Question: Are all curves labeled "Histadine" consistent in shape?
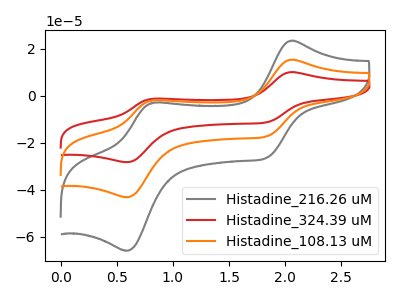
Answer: <think>The gray curve "Histadine_216.26 uM" has anodic peaks at (2.05V, 23.45uA) (0.85V, -2.95uA) and cathodic peaks at (1.85V, -26.50uA) (0.60V, -66.00uA). The red curve "Histadine_324.39 uM" has anodic peaks at (2.05V, 30.70uA) (0.85V, -3.85uA) and cathodic peaks at (1.85V, -34.70uA) (0.60V, -86.45uA). The orange curve "Histadine_108.13 uM" has anodic peaks at (2.05V, 15.35uA) (0.85V, -1.95uA) and cathodic peaks at (1.85V, -17.35uA) (0.60V, -43.25uA).
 All the peaks in "Histadine_216.26 uM" have a peak in "Histadine_324.39 uM" at the same potential. All the peaks in "Histadine_216.26 uM" have a peak in "Histadine_108.13 uM" at the same potential. All the peaks in "Histadine_324.39 uM" have a peak in "Histadine_108.13 uM" at the same potential.</think>
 <answer>All the CV's of "Histadine" have similar shape.</answer>
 <eval>follow_rule</eval>